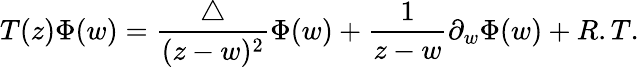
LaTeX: T(z)\Phi(w)=\frac{\bigtriangleup}{(z-w)^{2}}\Phi(w)+\frac{1}{z-w}\partial_{w}{\Phi(w)}+R.T.